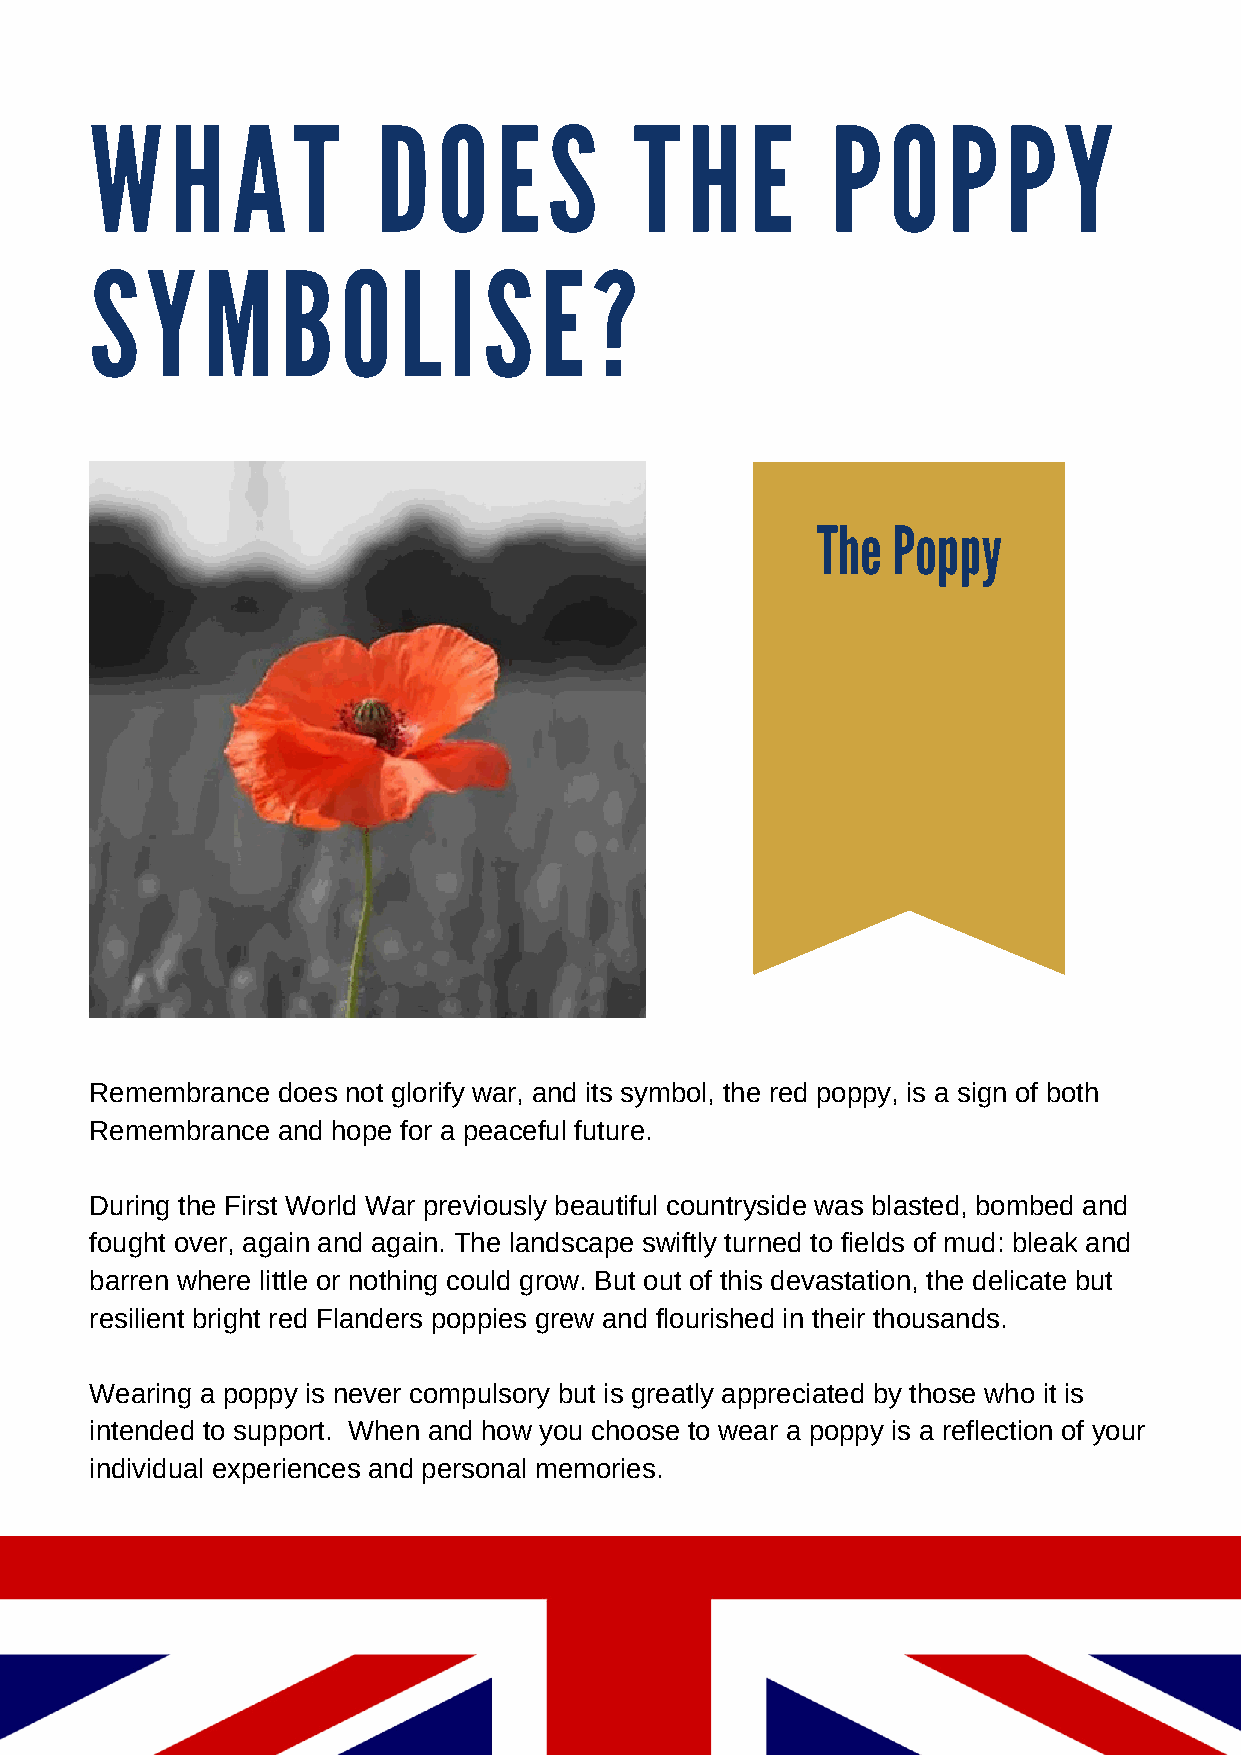
W    H   A   T     D   O   E  S     T  H    E    P   O   P   P  Y
 S   Y  M     B   O  L   I S   E  ?
 The  Poppy
 Remembrance does not glorify war, and its symbol, the red poppy, is a sign of both
 Remembrance and hope for a peaceful future.
 During the First World War previously beautiful countryside was blasted, bombed and
 fought over, again and again. The landscape swiftly turned to fields of mud: bleak and
 barren where little or nothing could grow. But out of this devastation, the delicate but
 resilient bright red Flanders poppies grew and flourished in their thousands.
 Wearing a poppy is never compulsory but is greatly appreciated by those who it is
 intended to support. When and how you choose to wear a poppy is a reflection of your
 individual experiences and personal memories.